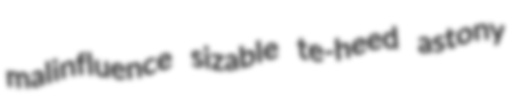
malinfluence sizable te-heed astony